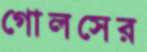
গোলসের